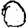
Digit: 0